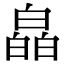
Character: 皛